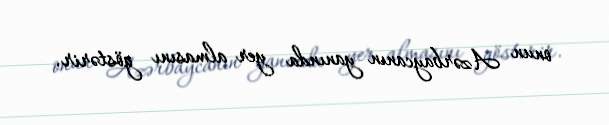
onun Azərbaycanın yanında yer almasını göstərir.